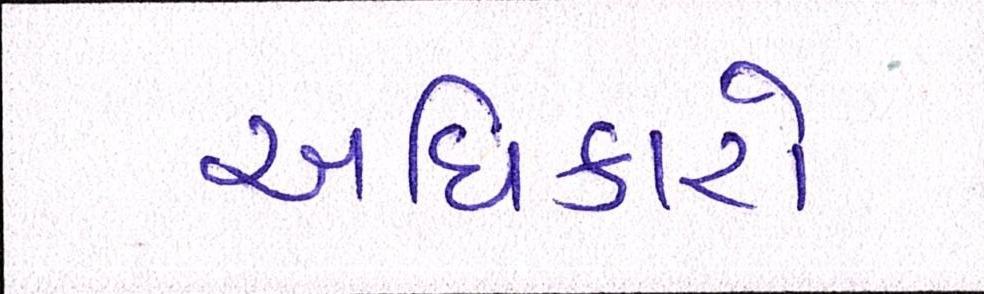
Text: અધિકારો